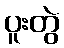
ပူးတွဲ